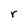
Character: r